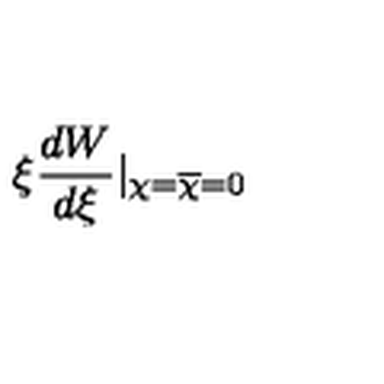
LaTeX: \xi \frac { d W } { d \xi } | _ { \chi = { \overline { { \chi } } } = 0 }